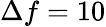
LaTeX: \Delta f=10